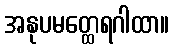
အနုပမတ္ထေရဂါထာ။